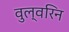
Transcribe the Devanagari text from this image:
वुल्वरिन